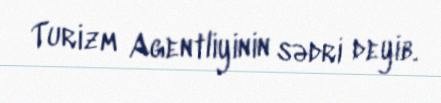
Turizm Agentliyinin sədri deyib.